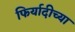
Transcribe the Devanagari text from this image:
फिर्यादीच्या